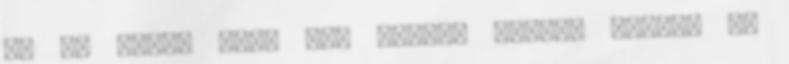
és az állam felé nem mondja vissza azokat az